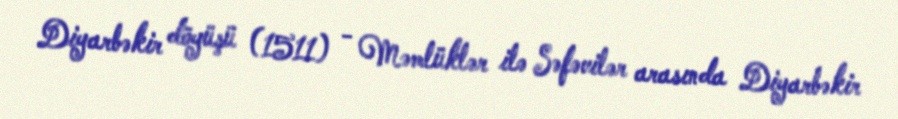
Diyarbəkir döyüşü (1511) - Məmlüklər ilə Səfəvilər arasında Diyarbəkir